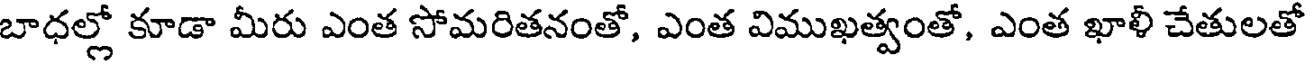
బాధల్లో కూడా మీరు ఎంత సోమరితనంతో, ఎంత విముఖత్వంతో, ఎంత ఖాళీ చేతులతో